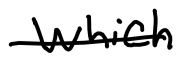
Text: which
Cross-out: single-line
Writing tool: digital_black